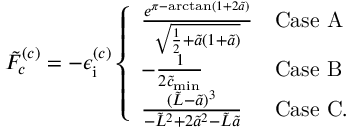
\tilde { F } _ { c } ^ { ( c ) } = - \epsilon _ { \mathrm { i } } ^ { ( c ) } \left\{ \begin{array} { l l } { \frac { e ^ { \pi - \arctan ( 1 + 2 \tilde { a } ) } } { \sqrt { \frac { 1 } { 2 } + \tilde { a } ( 1 + \tilde { a } ) } } } & { \mathrm { C a s e ~ A } } \\ { - \frac { 1 } { 2 \tilde { c } _ { \mathrm { m i n } } } } & { \mathrm { C a s e ~ B } } \\ { \frac { ( \tilde { L } - \tilde { a } ) ^ { 3 } } { - \tilde { L } ^ { 2 } + 2 \tilde { a } ^ { 2 } - \tilde { L } \tilde { a } } } & { \mathrm { C a s e ~ C . } } \end{array} \right.